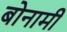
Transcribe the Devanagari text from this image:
बोनामी